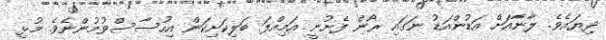
ދިޔައެވެ. ލާނާއަށް އަޑުންއަޑު ނަގައި ރޯން ފެށުނީ އަމިއްލަ ބަލިކަށިކަން އިހުސާސްވުމުންނެވެ. މުޅި